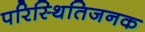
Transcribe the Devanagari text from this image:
परिस्थितिजनक